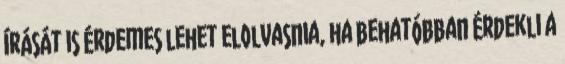
írását is érdemes lehet elolvasnia, ha behatóbban érdekli a